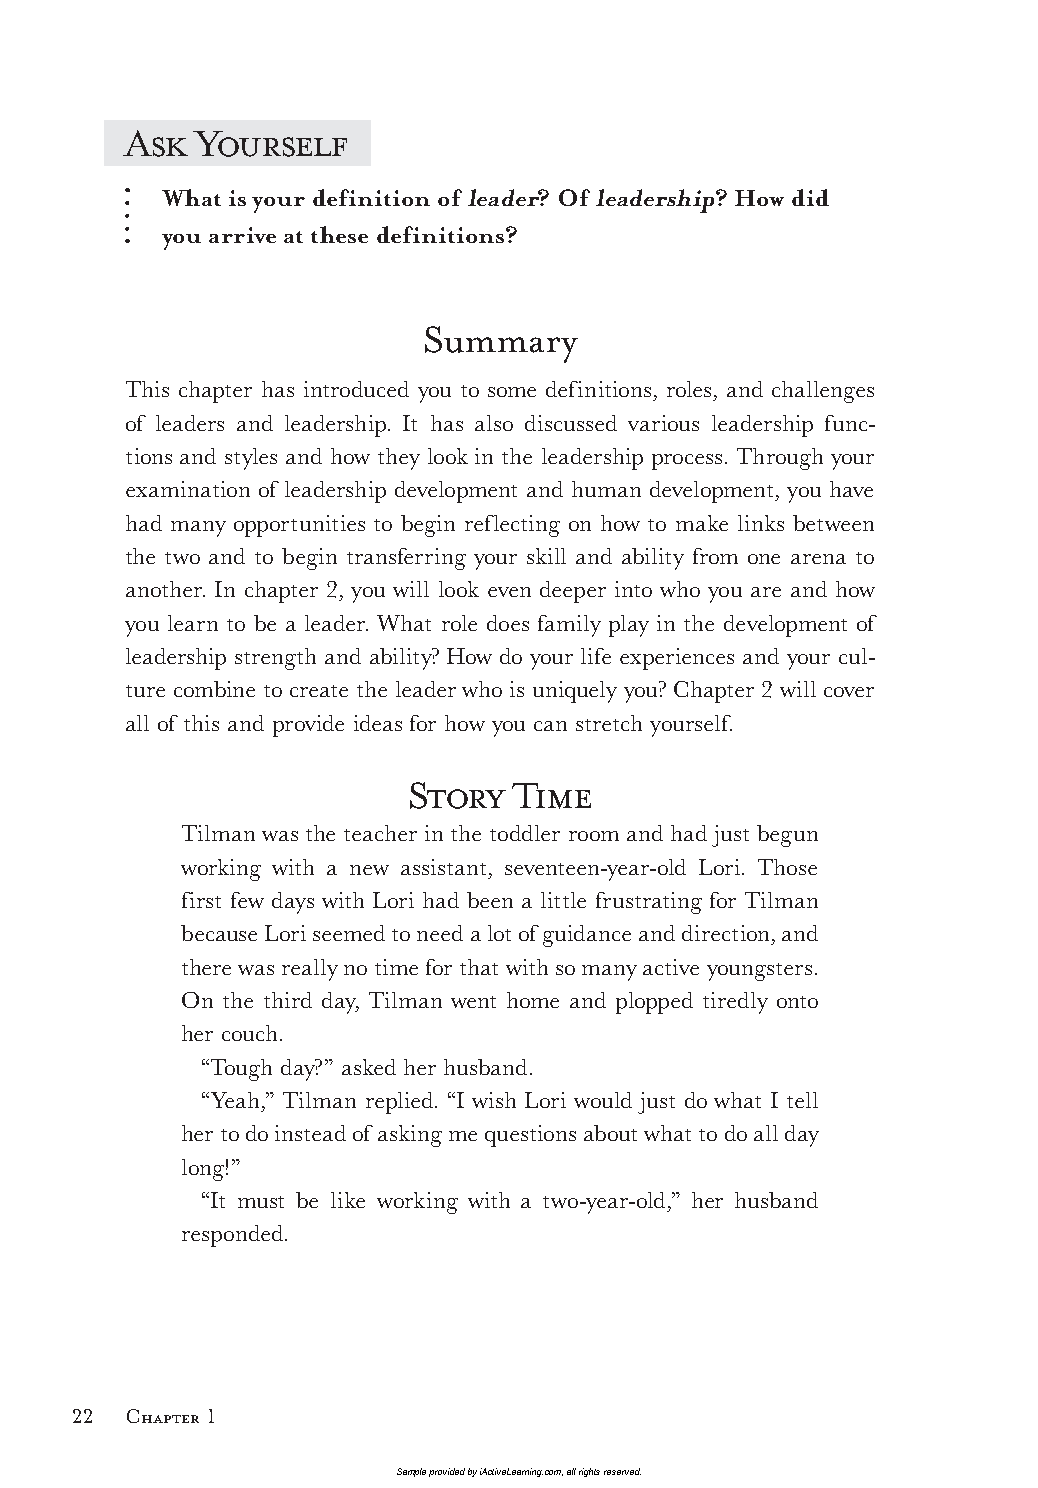
Ask  Yourself
 What is your definition of leader? Of leadership? How did
 you arrive at these definitions?
 Summary
 This chapter has introduced you to some definitions, roles, and challenges
 of leaders and leadership. It has also discussed various leadership func-
 tions and styles and how they look in the leadership process. Through your
 examination of leadership development and human development, you have
 had many opportunities to begin reflecting on how to make links between
 the two and to begin transferring your skill and ability from one arena to
 another. In chapter 2, you will look even deeper into who you are and how
 you learn to be a leader. What role does family play in the development of
 leadership strength and ability? How do your life experiences and your cul-
 ture combine to create the leader who is uniquely you? Chapter 2 will cover
 all of this and provide ideas for how you can stretch yourself.
 Story  Time
 Tilman was the teacher in the toddler room and had just begun
 working with a new assistant, seventeen-year-old Lori. Those
 first few days with Lori had been a little frustrating for Tilman
 because Lori seemed to need a lot of guidance and direction, and
 there was really no time for that with so many active youngsters.
 On the third day, Tilman went home and plopped tiredly onto
 her couch.
 “Tough day?” asked her husband.
 “Yeah,” Tilman replied. “I wish Lori would just do what I tell
 her to do instead of asking me questions about what to do all day
 long!”
 “It must be like working with a two-year-old,” her husband
 responded.
 22  Chapter 1
 Sample provided by iActiveLearning.com, all rights reserved.
 LTL2_FINALpp.indd 22                                        11/4/09 3:21:09 PM